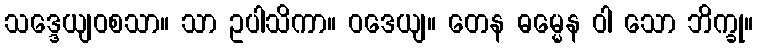
သဒ္ဒေယျဝစသာ။ သာ ဥပါသိကာ။ ဝဒေယျ။ တေန ဓမ္မေန ဝါ သော ဘိက္ခု။